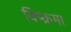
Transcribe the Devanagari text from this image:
विष्क्रमा